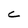
Character: C